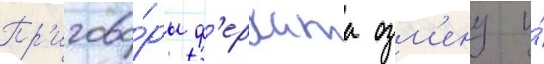
Пр'игово́ры ф'ерхата озм'ену и́